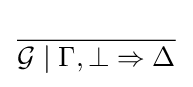
{\frac {}{{\mathcal {G}}\mid \Gamma ,\bot \Rightarrow \Delta }}